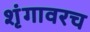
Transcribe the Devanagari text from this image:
शृंगावरच